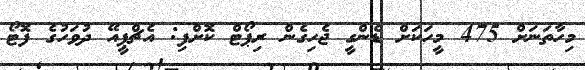
މިހާތަނަށް 475 މީހަކަށް ޑެންގީ ޖެހިގެން ރިޕޯޓް ކޮށްފި: އެޗްޕީއޭ ދުވަހުގެ ފޮޓޯ